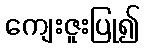
ကျေးဇူးပြု၍